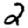
Digit: 2